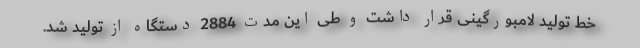
خط تولید لامبورگینی قرار داشت و طی این مدت 2884 دستگاه از تولید شد.